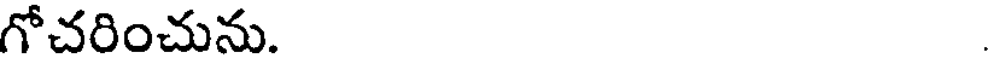
గోచరించును.